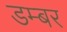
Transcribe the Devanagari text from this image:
डम्‍बर